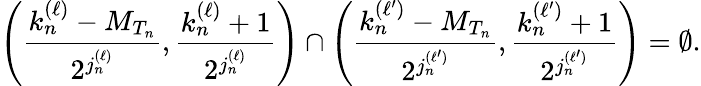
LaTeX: \left(\frac{k_{n}^{(\ell)}-M_{T_{n}}}{2^{j_{n}^{(\ell)}}},\frac{k_{n}^{(\ell)}+1}{2^{j_{n}^{(\ell)}}}\right)\cap\left(\frac{k_{n}^{(\ell^{\prime})}-M_{T_{n}}}{2^{j_{n}^{(\ell^{\prime})}}},\frac{k_{n}^{(\ell^{\prime})}+1}{2^{j_{n}^{(\ell^{\prime})}}}\right)=\emptyset.